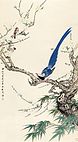
终日望君君不至，举头闻鹊喜。